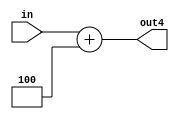
module lab7_ADD4(in, out4);
	input [7:0] in;
	output [7:0] out4;
	
	assign out4= in + 8'd4;
endmodule